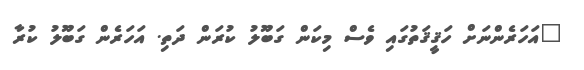
"އަހަރެންނަށް ހަޤީޤަތުގައި ވެސް މިކަން ގަބޫލު ކުރަން ދަތި. އަހަރެން ގަބޫލު ކުރާ